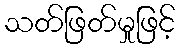
သတ်ဖြတ်မှုဖြင့်